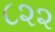
૮૨૨